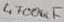
Text: 4700uF